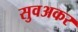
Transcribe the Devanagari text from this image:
सुवअकर